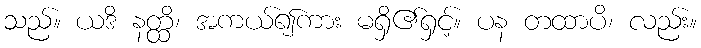
သည်။ ယဒိ နတ္ထိ၊ အကယ်၍ကား မရှိ၏ရှင့်။ ပန တထာပိ၊ လည်း။